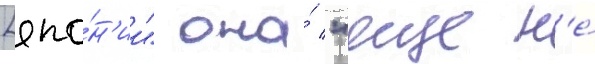
[япо́н'ии" она́ "еще н'е́